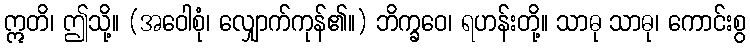
ဣတိ၊ ဤသို့။ (အဝေါစုံ၊ လျှောက်ကုန်၏။) ဘိက္ခဝေ၊ ရဟန်းတို့။ သာဓု သာဓု၊ ကောင်းစွ